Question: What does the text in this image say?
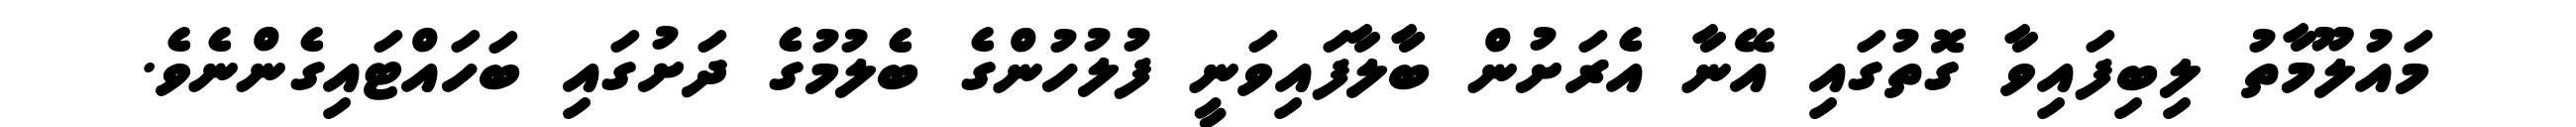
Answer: މައުލޫމާތު ލިބިފައިވާ ގޮތުގައި އޭނާ އެރަށުން ބާލާފައިވަނީ ފުލުހުންގެ ބެލުމުގެ ދަށުގައި ބަހައްޓައިގެންނެވެ.